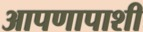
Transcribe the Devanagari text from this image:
आपणापाशी